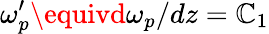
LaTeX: \omega_{p}^{\prime}\equivd\omega_{p}/dz=\mathbb{C}_{1}